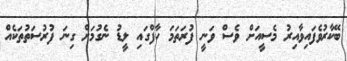
ބޭކާރުވެފައިވާއިރު މެސީއަށް ވެސް ވަނީ ފުރަތަމަ ހާފްގައި ލީޑު ނެގުމަށް ގިނަ ފުރުސަތުތަކެއް